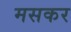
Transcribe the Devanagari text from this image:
मसकर